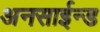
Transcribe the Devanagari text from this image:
अनसाईन्ड